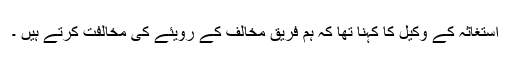
استغاثہ کے وکیل کا کہنا تھا کہ ہم فریق مخالف کے رویئے کی مخالفت کرتے ہیں ۔